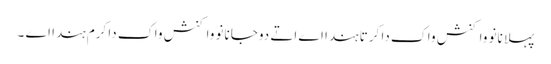
پہلا نانوَ واکنش واک دا کرتا ہندا اے اتے دوجا نانوَ واکنش واک دا کرم ہندا اے ۔